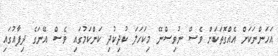
އަހަންނަކަށް އެއްގޮތަކަށް ވެސް ނުވިސްނޭ މިކަހަލަ ކުދިކުދި ކަންކަމުގައި ވެސް އޭނަގެ ދިފާއުގައި